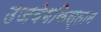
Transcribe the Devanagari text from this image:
उजबेगकिस्तान